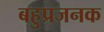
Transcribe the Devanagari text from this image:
बहुप्रजनक